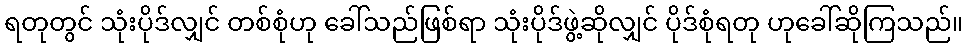
ရတုတွင် သုံးပိုဒ်လျှင် တစ်စုံဟု ခေါ်သည်ဖြစ်ရာ သုံးပိုဒ်ဖွဲ့ဆိုလျှင် ပိုဒ်စုံရတု ဟုခေါ်ဆိုကြသည်။